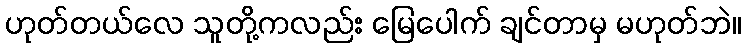
ဟုတ်တယ်လေ သူတို့ကလည်း မြေပေါက် ချင်တာမှ မဟုတ်ဘဲ။